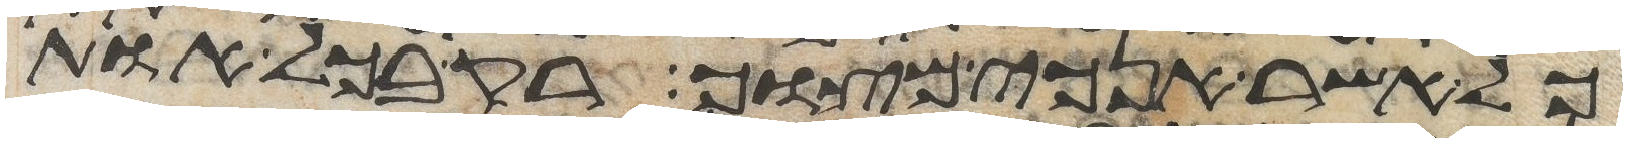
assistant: כל אשר אנכי מצוך רק בכל אות